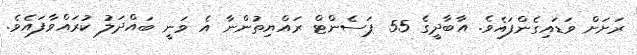
ރަށަށް ވަޑައިގެންފައެވެ. އާބާދީގެ 55 ޕަސެންޓް ރައްޔިތުންނާ އެ ވަނީ ބައްދަލު ކުރައްވާފައެވެ.